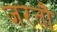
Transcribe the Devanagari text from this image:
जरतौ